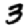
Digit: 3